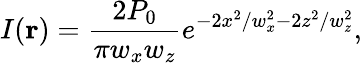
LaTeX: I(\mathbf{r})=\frac{2P_{0}}{\pi{}w_{x}w_{z}}e^{-2x^{2}/w_{x}^{2}-2z^{2}/w_{z}^{2}},